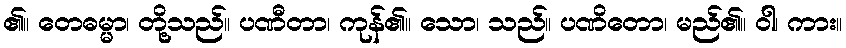
၏။ တေဓမ္မာ၊ တို့သည်။ ပဏီတာ၊ ကုန်၏။ သော၊ သည်။ ပဏိတော၊ မည်၏။ ဝါ၊ ကား။